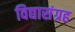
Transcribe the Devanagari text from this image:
विद्यासंग्रह